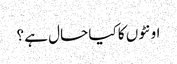
اونٹوں کا کیا حال ہے ؟